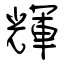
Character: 輝